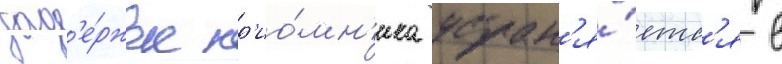
зад'е́ржек пр'ио́мн'ика устран'я́етс'я в